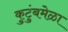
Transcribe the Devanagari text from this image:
कुटुंबमेळा